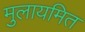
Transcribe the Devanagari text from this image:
मुलायमित